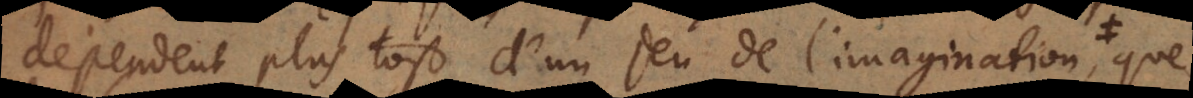
dependent plustost d’un jeu de l’imagination, que